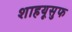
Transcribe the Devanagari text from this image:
शाहयूसुफ